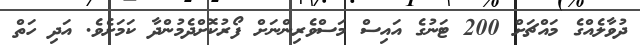
ދުވާލެއްގެ މައްޗަށް 200 ޓަނުގެ އައިސް މަސްވެރިންނަށް ފޯރުކޮށްދެމުންދާ ކަމަށެވެ. އަދި ހަތް